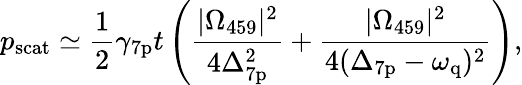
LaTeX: p_{\mathrm{scat}}\simeq\frac{1}{2}\gamma_{7\mathrm{p}}t\left(\frac{|\Omega_{459}|^{2}}{4\Delta_{7\mathrm{p}}^{2}}+\frac{|\Omega_{459}|^{2}}{4(\Delta_{7\mathrm{p}}-\omega_{\mathrm{q}})^{2}}\right),